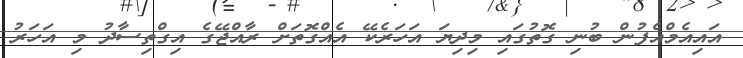
އައިއެމްއެފުން ބުނި ގޮތުގައި މިދިޔަ އަހަރެކޭ އެއްގޮތަށް ރާއްޖޭގެ އިގްތިސާދު މި އަހަރު